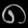
Digit: ၈